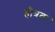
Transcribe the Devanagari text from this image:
हौत्रक